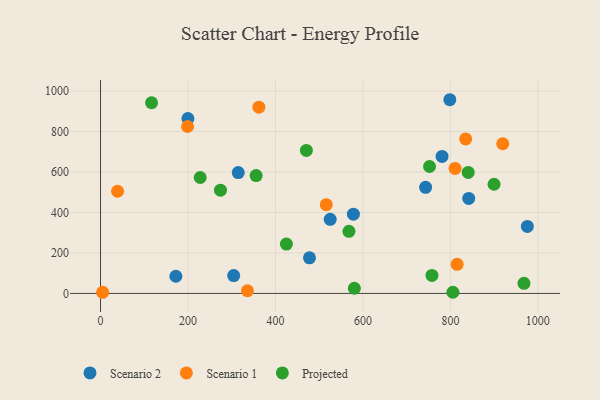
{"axis": {"x": "Speed", "y": "Profit"}, "legend": ["Projected", "Scenario 1", "Scenario 2"], "data": [{"x": "798.7", "y": 957.5, "type": "Scenario 2"}, {"x": "976.0", "y": 331.4, "type": "Scenario 2"}, {"x": "841.9", "y": 469.6, "type": "Scenario 2"}, {"x": "780.9", "y": 677.2, "type": "Scenario 2"}, {"x": "477.8", "y": 176.2, "type": "Scenario 2"}, {"x": "314.9", "y": 597.3, "type": "Scenario 2"}, {"x": "525.1", "y": 366.5, "type": "Scenario 2"}, {"x": "304.5", "y": 88.1, "type": "Scenario 2"}, {"x": "743.3", "y": 524.4, "type": "Scenario 2"}, {"x": "578.2", "y": 391.9, "type": "Scenario 2"}, {"x": "199.8", "y": 864.7, "type": "Scenario 2"}, {"x": "172.3", "y": 84.8, "type": "Scenario 2"}, {"x": "834.9", "y": 763.8, "type": "Scenario 1"}, {"x": "38.9", "y": 505.2, "type": "Scenario 1"}, {"x": "4.8", "y": 5.7, "type": "Scenario 1"}, {"x": "362.1", "y": 920.5, "type": "Scenario 1"}, {"x": "919.7", "y": 739.8, "type": "Scenario 1"}, {"x": "335.9", "y": 13.3, "type": "Scenario 1"}, {"x": "199.0", "y": 825.1, "type": "Scenario 1"}, {"x": "810.7", "y": 618.1, "type": "Scenario 1"}, {"x": "516.2", "y": 438.9, "type": "Scenario 1"}, {"x": "815.4", "y": 143.9, "type": "Scenario 1"}, {"x": "752.3", "y": 627.5, "type": "Projected"}, {"x": "580.4", "y": 25.6, "type": "Projected"}, {"x": "227.9", "y": 573.1, "type": "Projected"}, {"x": "840.7", "y": 597.9, "type": "Projected"}, {"x": "116.7", "y": 942.5, "type": "Projected"}, {"x": "355.8", "y": 582.7, "type": "Projected"}, {"x": "968.2", "y": 50.1, "type": "Projected"}, {"x": "757.8", "y": 89.0, "type": "Projected"}, {"x": "274.3", "y": 510.4, "type": "Projected"}, {"x": "425.0", "y": 244.2, "type": "Projected"}, {"x": "470.7", "y": 706.8, "type": "Projected"}, {"x": "805.7", "y": 5.9, "type": "Projected"}, {"x": "568.0", "y": 307.0, "type": "Projected"}, {"x": "899.8", "y": 539.6, "type": "Projected"}]}